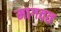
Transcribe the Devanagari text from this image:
मागवत